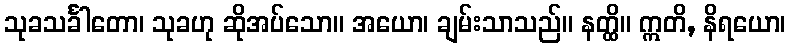
သုခသင်္ခါတော၊ သုခဟု ဆိုအပ်သော။ အယော၊ ချမ်းသာသည်။ နတ္ထိ။ ဣတိ, နိရယော၊